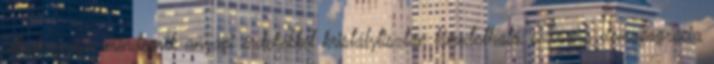
alkalmazása mindegyik anyagi érdekekkel kristálytisztán kimutatható, szvsz a demagográcia